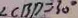
\angle C B D = 3 0 ^ { \circ }